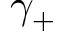
\gamma _ { + }